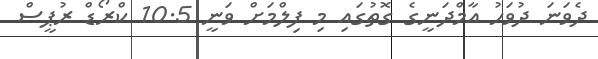
ދެވަނަ ދުވަހު އާމްދަނީގެ ގޮތުގައި މި ފިލްމަށް ވަނީ 10.5 ކްރޯޑް ރުޕީސް